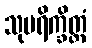
သုပရိက္ခိတ္တံ